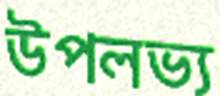
উপলভ্য